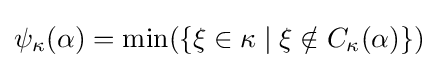
\psi _{\kappa }(\alpha )=\min(\{\xi \in \kappa \mid \xi \notin C_{\kappa }(\alpha )\})